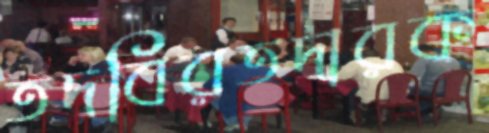
তদবিরতদারক